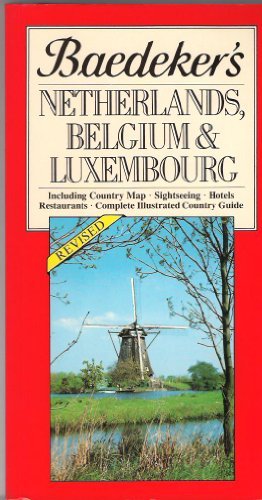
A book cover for Baedeker's Netherlands, Belgium, & Luxembourg; SONS; Travel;